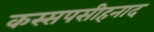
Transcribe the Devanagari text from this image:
कस्सपसीहनाद